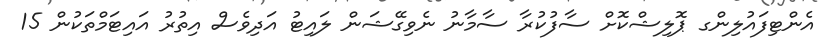
އެންޓިފައުލިންގ ޕޮލިޝްކޮށް ސާފުކުރާ ސާމާނު ނެވިގޭޝަން ލައިޓު އަދިވެސް އިތުރު އައިޓަމްތަކުން 15